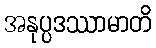
အနုပ္ပဒဿာမာတိ